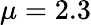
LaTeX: \mu=2.3